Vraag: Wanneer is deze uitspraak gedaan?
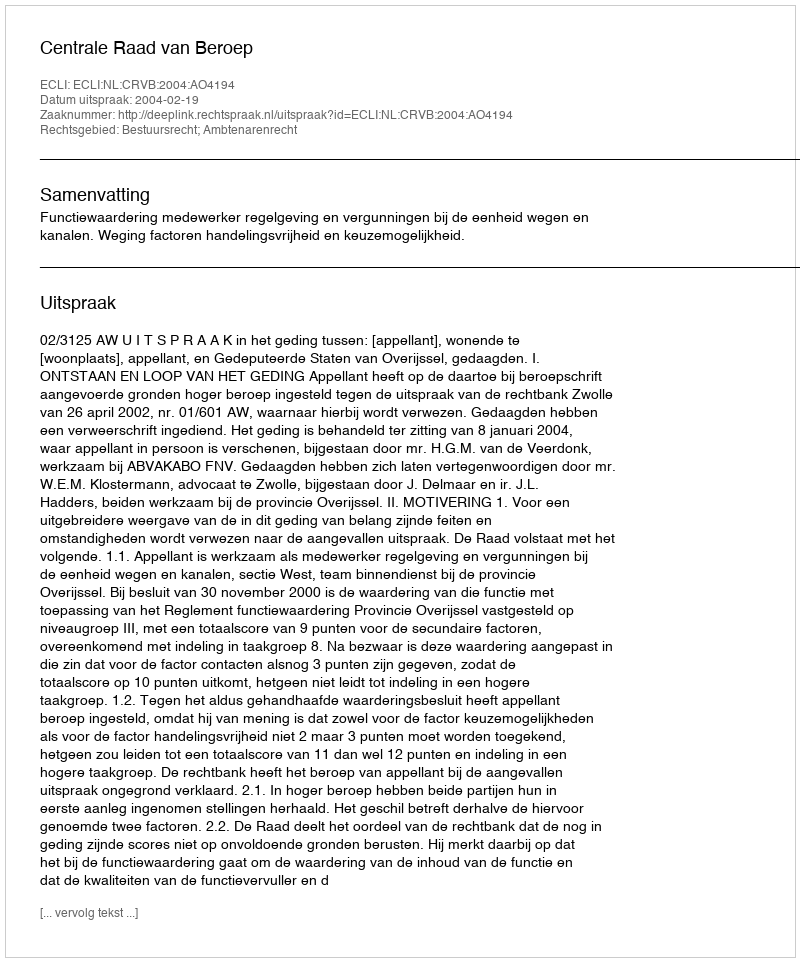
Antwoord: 2004-02-19